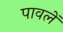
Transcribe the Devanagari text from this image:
पावलें